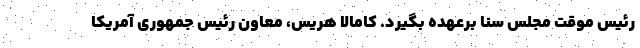
رئیس موقت مجلس سنا برعهده بگیرد. کامالا هریس، معاون رئیس جمهوری آمریکا